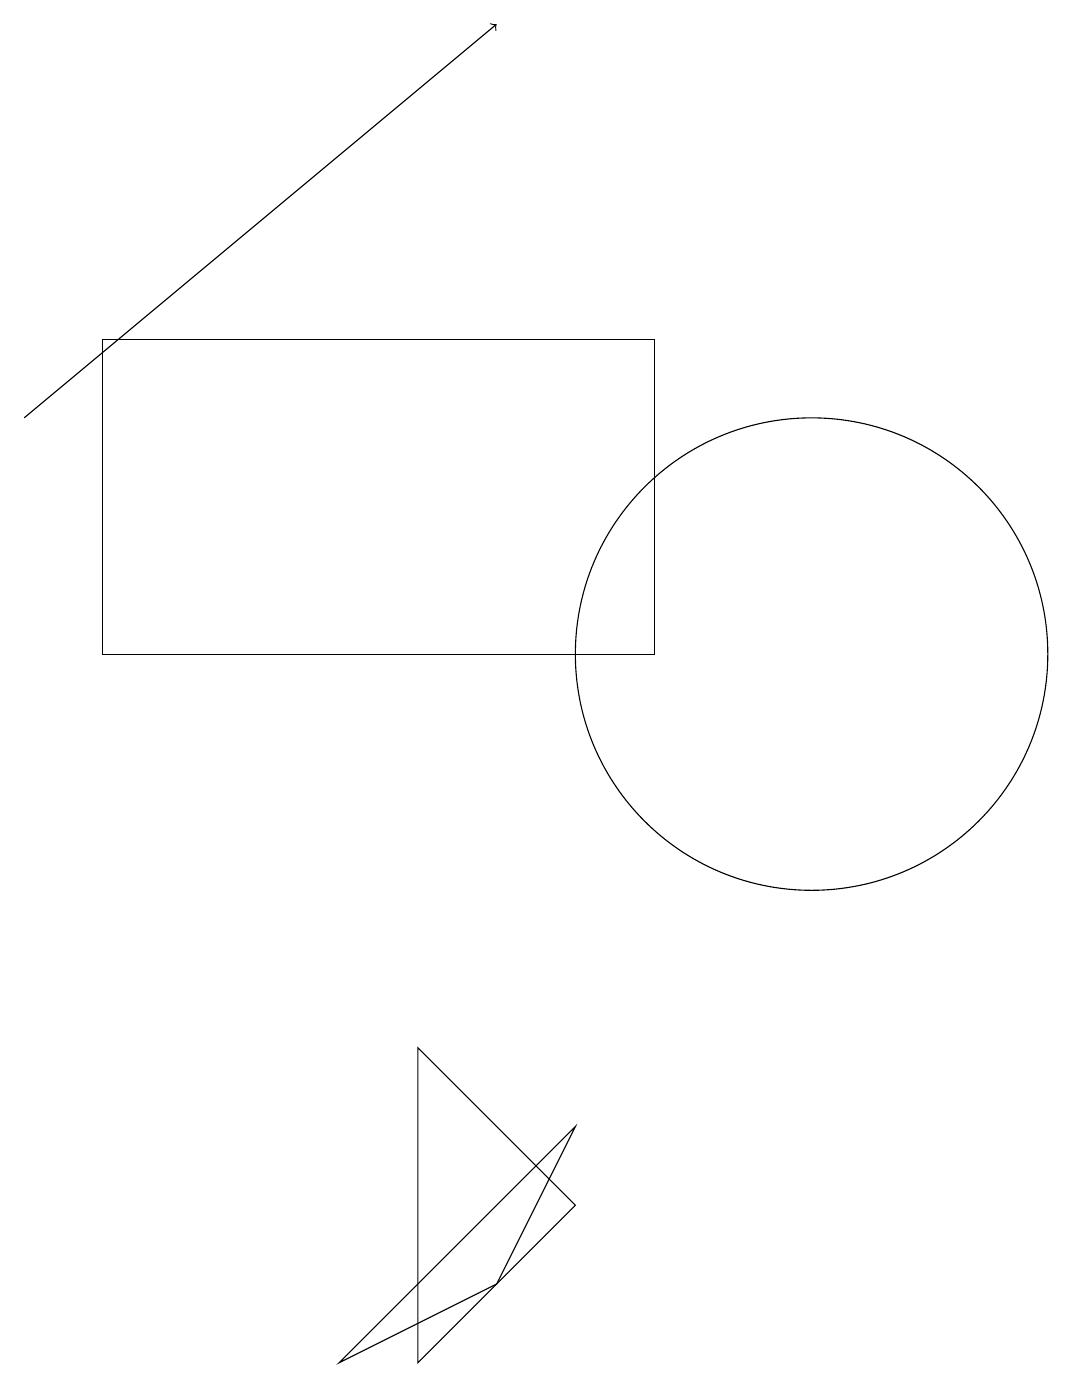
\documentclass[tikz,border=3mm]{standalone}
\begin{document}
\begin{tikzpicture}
\draw (11,10) circle (3);
\draw (2,14) rectangle (9,10);
\draw (8,3) -- (6,5) -- (6,1) -- cycle;
\draw (5,1) -- (8,4) -- (7,2) -- cycle;
\draw[->] (1,13) -- (7,18);
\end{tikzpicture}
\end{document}